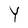
Character: Y